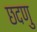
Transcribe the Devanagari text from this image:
छदणु